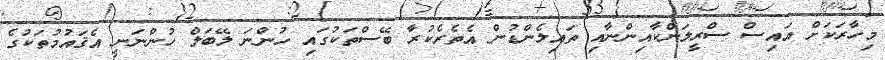
މިހާރަކަށް އައިސް ސްރީލަންކާއިންނާއި ތައިލެންޑުން އެތެރެކުރާ ބޭސްތަކުގައި ހުންނަ ލޭބަލް ހުންނަނީ އެޤައުމުތަކުގެ